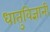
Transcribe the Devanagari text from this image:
धातुविज्ञानी